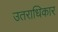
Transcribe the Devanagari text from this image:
उतराधिकार